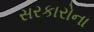
સરકારોના